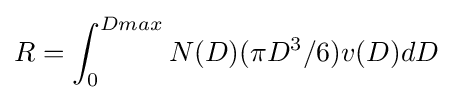
R=\int _{0}^{Dmax}N(D)(\pi D^{3}/6)v(D)dD